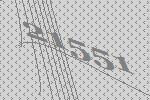
21551